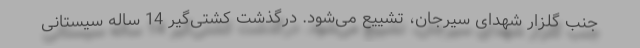
جنب گلزار شهدای سیرجان، تشییع می‌شود. درگذشت کشتی‌گیر 14 ساله سیستانی